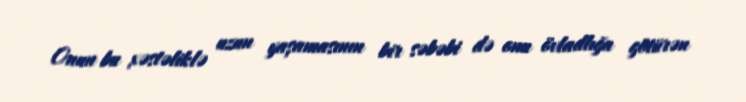
Onun bu xəstəliklə uzun yaşamasının bir səbəbi də onu övladlığa götürən